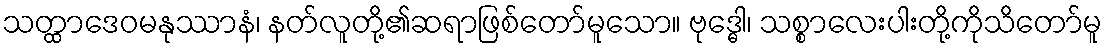
သတ္ထာဒေဝမနုဿာနံ၊ နတ်လူတို့၏ဆရာဖြစ်တော်မူသော။ ဗုဒ္ဓေါ၊ သစ္စာလေးပါးတို့ကိုသိတော်မူ